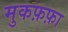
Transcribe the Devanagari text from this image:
मुकफ़फ़ा